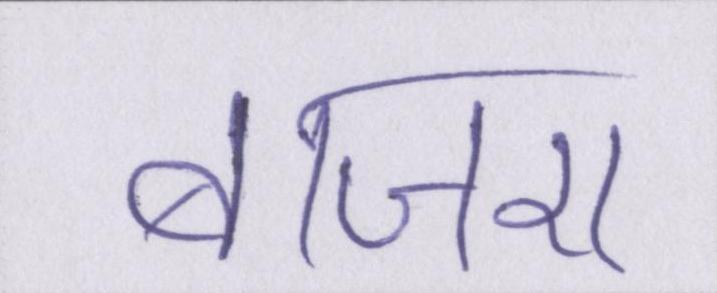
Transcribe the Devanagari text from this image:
बाजरा